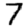
Digit: 7